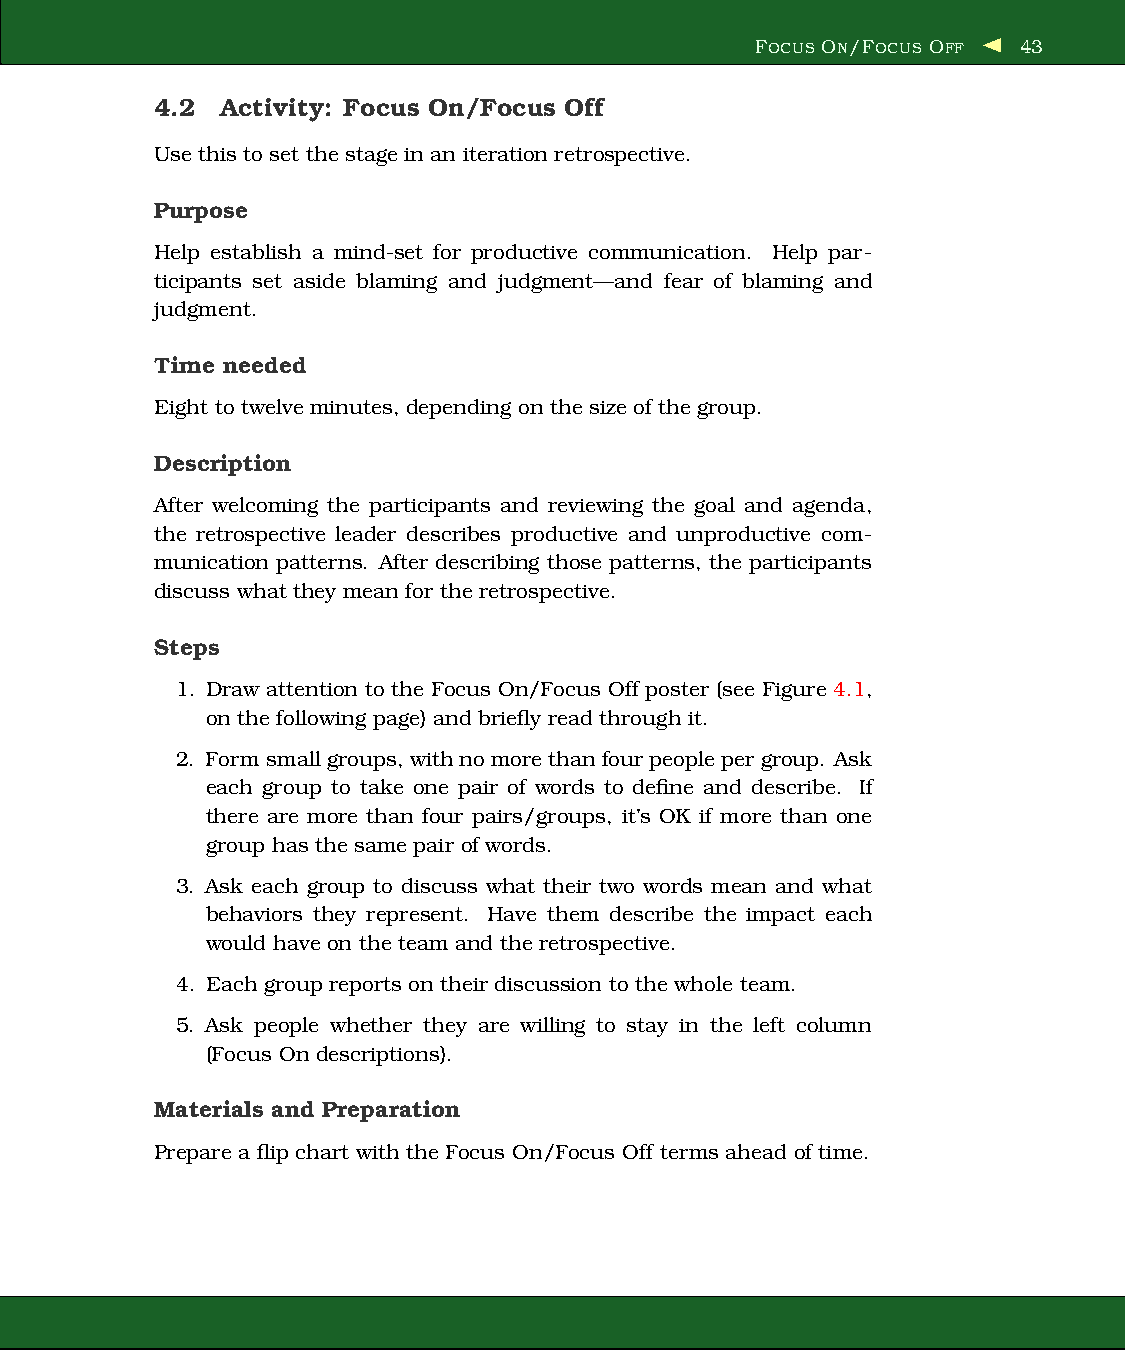
FOCUS ON/FOCUS OFF 43
 4.2  Activity: Focus On/Focus Off
 Use this to set the stage in an iteration retrospective.
 Purpose
 Help establish a mind-set for productive communication. Help par-
 ticipants set aside blaming and judgment—and fear of blaming and
 judgment.
 Time needed
 Eight to twelve minutes, depending on the size of the group.
 Description
 After welcoming the participants and reviewing the goal and agenda,
 the retrospective leader describes productive and unproductive com-
 munication patterns. After describing those patterns, the participants
 discuss what they mean for the retrospective.
 Steps
 1. Draw attention to the Focus On/Focus Off poster (see Figure 4.1,
 on the following page) and briefly read through it.
 2. Formsmallgroups, withnomorethanfour people per group. Ask
 each group to take one pair of words to define and describe. If
 there are more than four pairs/groups, it’s OK if more than one
 group has the same pair of words.
 3. Ask each group to discuss what their two words mean and what
 behaviors they represent. Have them describe the impact each
 would have on the team and the retrospective.
 4. Each group reports on their discussion to the whole team.
 5. Ask people whether they are willing to stay in the left column
 (Focus On descriptions).
 Materials and Preparation
 Prepare a flip chart with the Focus On/Focus Off terms ahead of time.